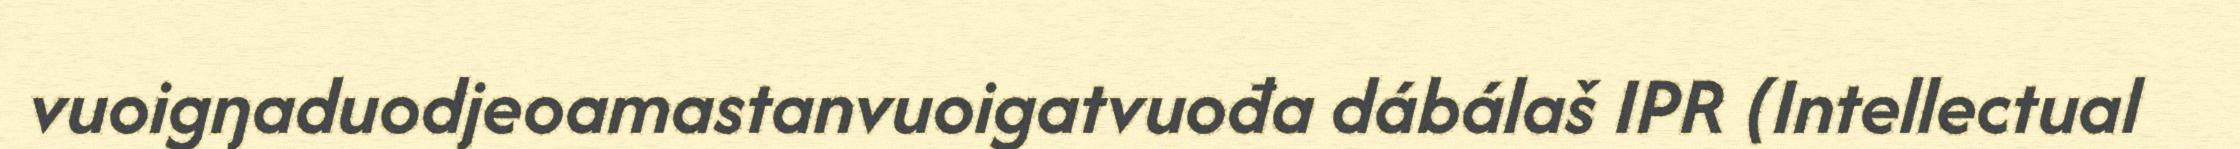
vuoigŋaduodjeoamastanvuoigatvuođa dábálaš IPR (Intellectual